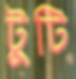
টুটি